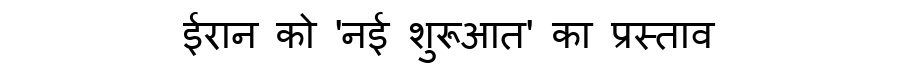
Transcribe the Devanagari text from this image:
ईरान को 'नई शुरूआत' का प्रस्ताव